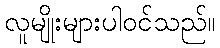
လူမျိုးများပါဝင်သည်။